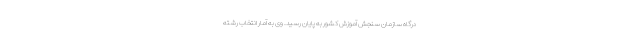
درگاه سازمان سنجش آموزش کشور به پایان رسید. وی به آمار انتخاب رشته